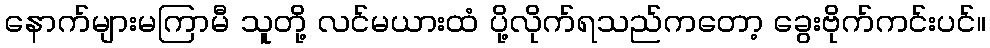
နောက်များမကြာမီ သူတို့ လင်မယားထံ ပို့လိုက်ရသည်ကတော့ ခွေးဗိုက်ကင်းပင်။